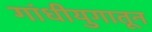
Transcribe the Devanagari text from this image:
गांधीयुगातून